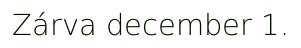
Zárva december 1.